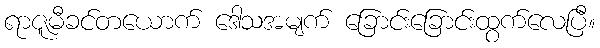
ရာဇူမီခင်တယောက် ဒေါသအမျက် ခြောင်းခြောင်းထွက်လေပြီ။